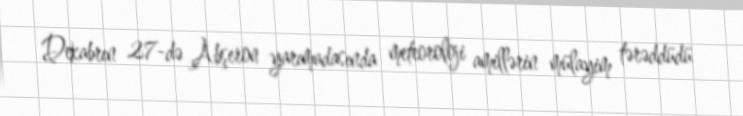
Dekabrın 27-də Abşeron yarımadasında meteoroloji amillərin mülayim tərəddüdü